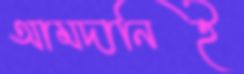
আমদানিই